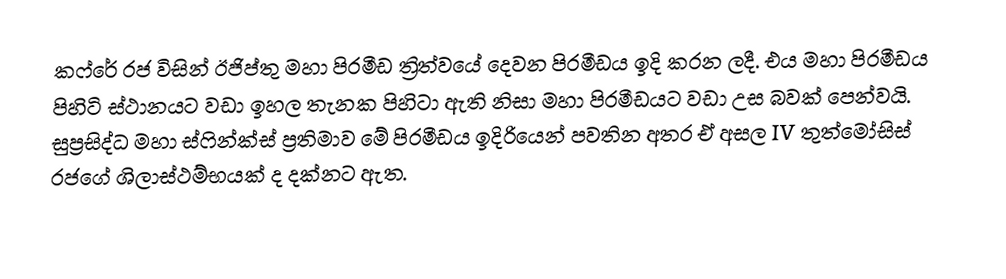
කෆ්රේ රජ විසින් ඊජිප්තු මහා පිරමීඩ ත්‍රිත්වයේ දෙවන පිරමීඩය ඉදි කරන ලදී. එය මහා පිරමීඩය පිහිටි ස්ථානයට වඩා ඉහල තැනක පිහිටා ඇති නිසා මහා පිරමීඩයට වඩා උස බවක් පෙන්වයි. සුප්‍රසිද්ධ මහා ස්ෆින්ක්ස් ප්‍රතිමාව මේ පිරමීඩය ඉදිරියෙන් පවතින අතර ඒ අසල IV තුත්මෝසිස් රජගේ ශිලාස්ථම්භයක් ද දක්නට ඇත.